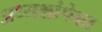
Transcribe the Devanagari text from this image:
अध्यक्षांपेक्षा